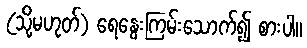
(သို့မဟုတ်) ရေနွေးကြမ်းသောက်၍ စားပါ။